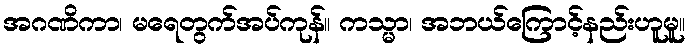
အဂဏိကာ၊ မရေတွက်အပ်ကုန်။ ကသ္မာ၊ အဘယ်ကြောင့်နည်းဟူမူ။